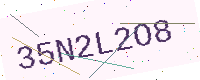
Text: 35N2L2O8